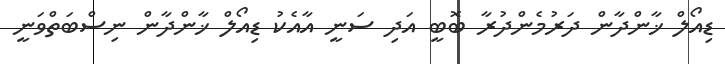
ޑިއޯލް ޚާންދާން ދަރުމެންދުރާ ބޮބީ އަދި ސަނީ އާއެކު ޑިއޯލް ޚާންދާން ނިސްބަތްވަނީ